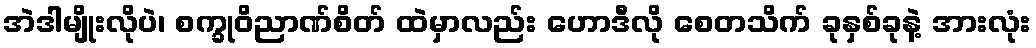
အဲဒါမျိုးလိုပဲ၊ စက္ခုဝိညာဏ်စိတ် ထဲမှာလည်း ဟောဒီလို စေတသိက် ခုနှစ်ခုနဲ့ အားလုံး